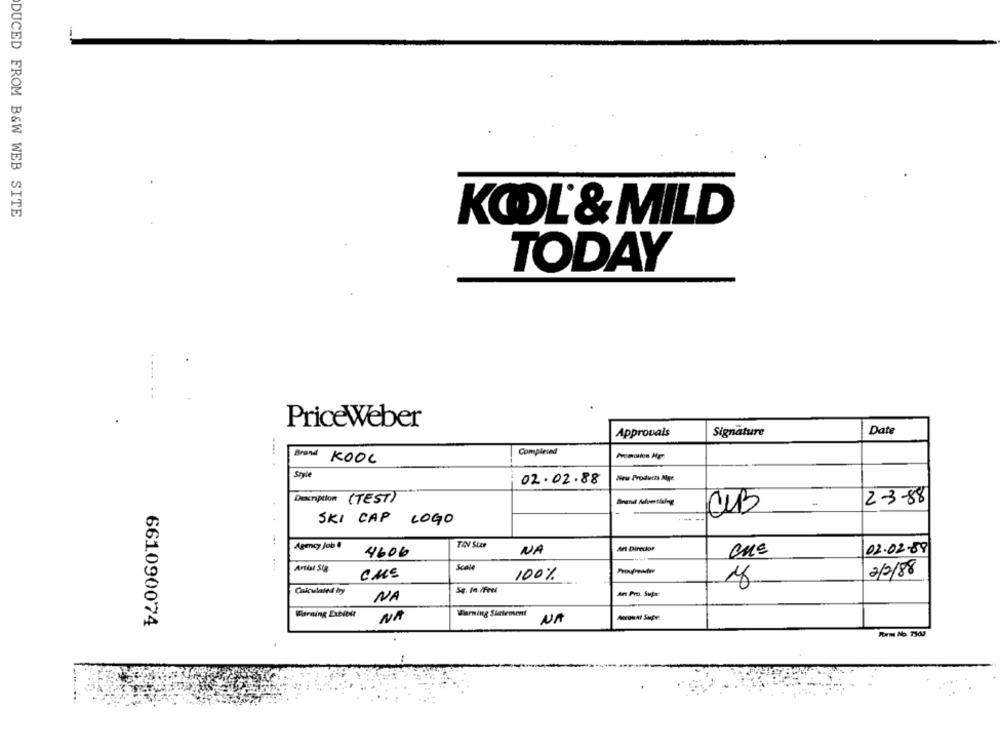
DUCED FROM B&W WEB SITE
KODL & MILD
TODAY
PriceWeber
Approvals
Signature
Date
Completed
....
Brand
KOOL
Style
02.02.88
New Products Mgr.
Description (TEST)
23-88
CUB
SKI CAP LOGO
Agency Job !
Art Diredor
4606
NA
02.02-89
Artist Sta
Scale
100%
2/2/88
Calculated bry
Sq. In./Fees
An Pro. Supe
NA
Warning Exhibir
Wiaring Statement
661090074
NA
NA